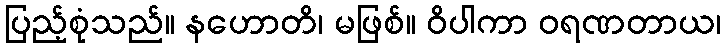
ပြည့်စုံသည်။ နဟောတိ၊ မဖြစ်။ ဝိပါကာ ဝရဏတာယ၊